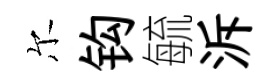
尔钩毓泝